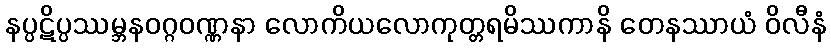
နပ္ပဋိပ္ပဿမ္ဘနဝဂ္ဂဝဏ္ဏနာ လောကိယလောကုတ္တရမိဿကာနိ တေနဿာယံ ဝိလီနံ